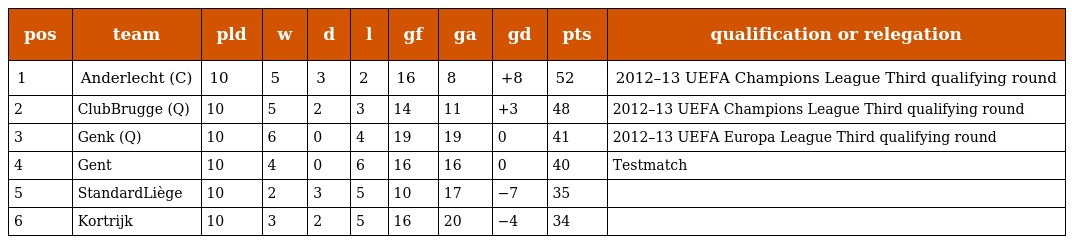
| pos | team | pld | w | d | l | gf | ga | gd | pts | qualification or relegation |
 | --- | --- | --- | --- | --- | --- | --- | --- | --- | --- | --- |
 | 1 | Anderlecht (C) | 10 | 5 | 3 | 2 | 16 | 8 | +8 | 52 | 2012–13 UEFA Champions League Third qualifying round |
 | 2 | ClubBrugge (Q) | 10 | 5 | 2 | 3 | 14 | 11 | +3 | 48 | 2012–13 UEFA Champions League Third qualifying round |
 | 3 | Genk (Q) | 10 | 6 | 0 | 4 | 19 | 19 | 0 | 41 | 2012–13 UEFA Europa League Third qualifying round |
 | 4 | Gent | 10 | 4 | 0 | 6 | 16 | 16 | 0 | 40 | Testmatch |
 | 5 | StandardLiège | 10 | 2 | 3 | 5 | 10 | 17 | −7 | 35 |  |
 | 6 | Kortrijk | 10 | 3 | 2 | 5 | 16 | 20 | −4 | 34 |  |